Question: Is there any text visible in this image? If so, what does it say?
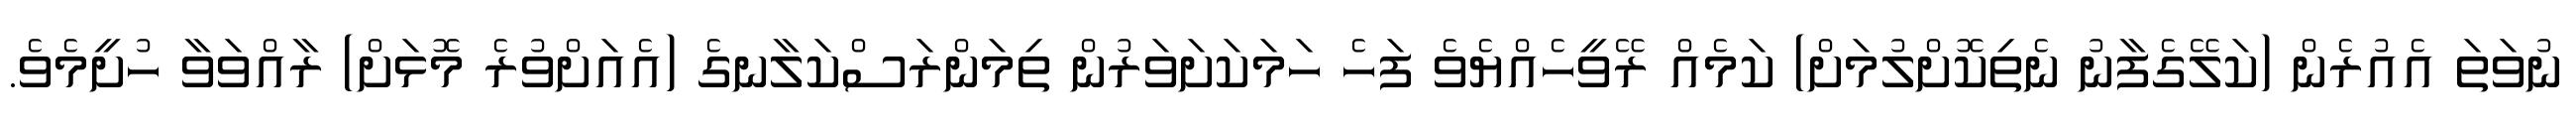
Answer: ނުވަތަ އެއުރެން (ކަލޭގެފާނު ނެތިކޮށްލުމަށް) ކަމެއް ރޭވީހެއްޔެވެ ފަހެ ހަމަކަށަވަރުން ތިމަންރަސްކަލާނގެ (އެއަށްވުރެ މޮޅަށް) ރާއްވަވާ ހުށީމެވެ.